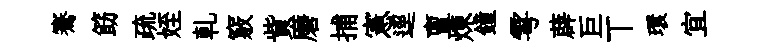
騫筯疏姪乹竅貲磨捕憲逕亶煉鐘雩薜巨丅環宜